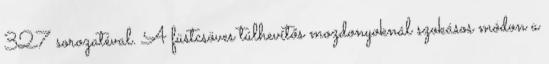
327 sorozatéval. A füstcsöves túlhevítős mozdonyoknál szokásos módon a